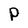
Character: P